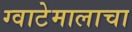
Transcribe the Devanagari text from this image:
ग्वाटेमालाचा